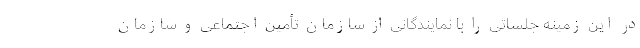
در این زمینه جلساتی را با نمایندگانی از سازمان تأمین اجتماعی و سازمان